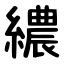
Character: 繷